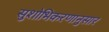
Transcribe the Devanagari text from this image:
सुशोभिकरणानुसार